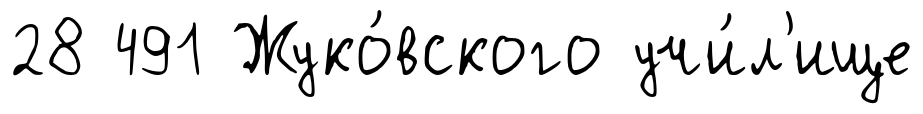
28 491 Жуко́вского учи́л'ище